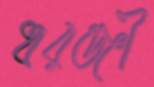
ধরঞ্জী